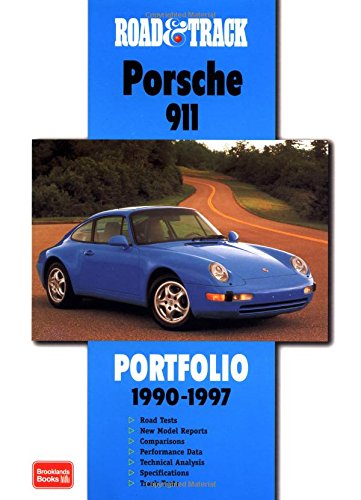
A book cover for Road & Track Porsche 911 1990-1997 Portfolio (Road & Track Series); R.M. Clarke; Engineering & Transportation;